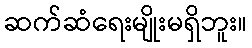
ဆက်ဆံရေးမျိုးမရှိဘူး။